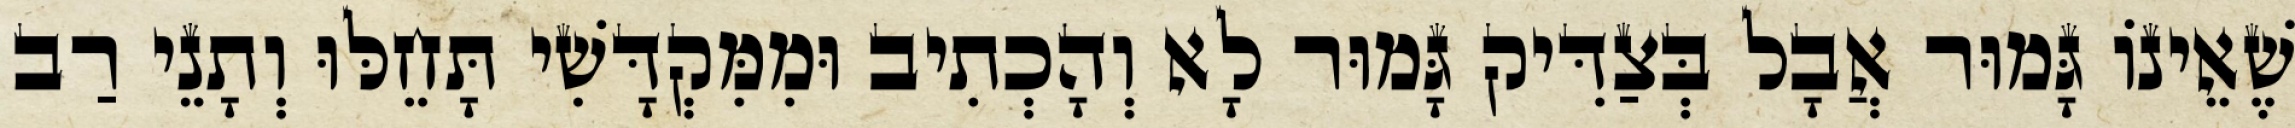
שֶׁאֵינוֹ גָּמוּר אֲבָל בְּצַדִּיק גָּמוּר לָא וְהָכְתִיב וּמִמִּקְדָּשִׁי תָּחֵלּוּ וְתָנֵי רַב